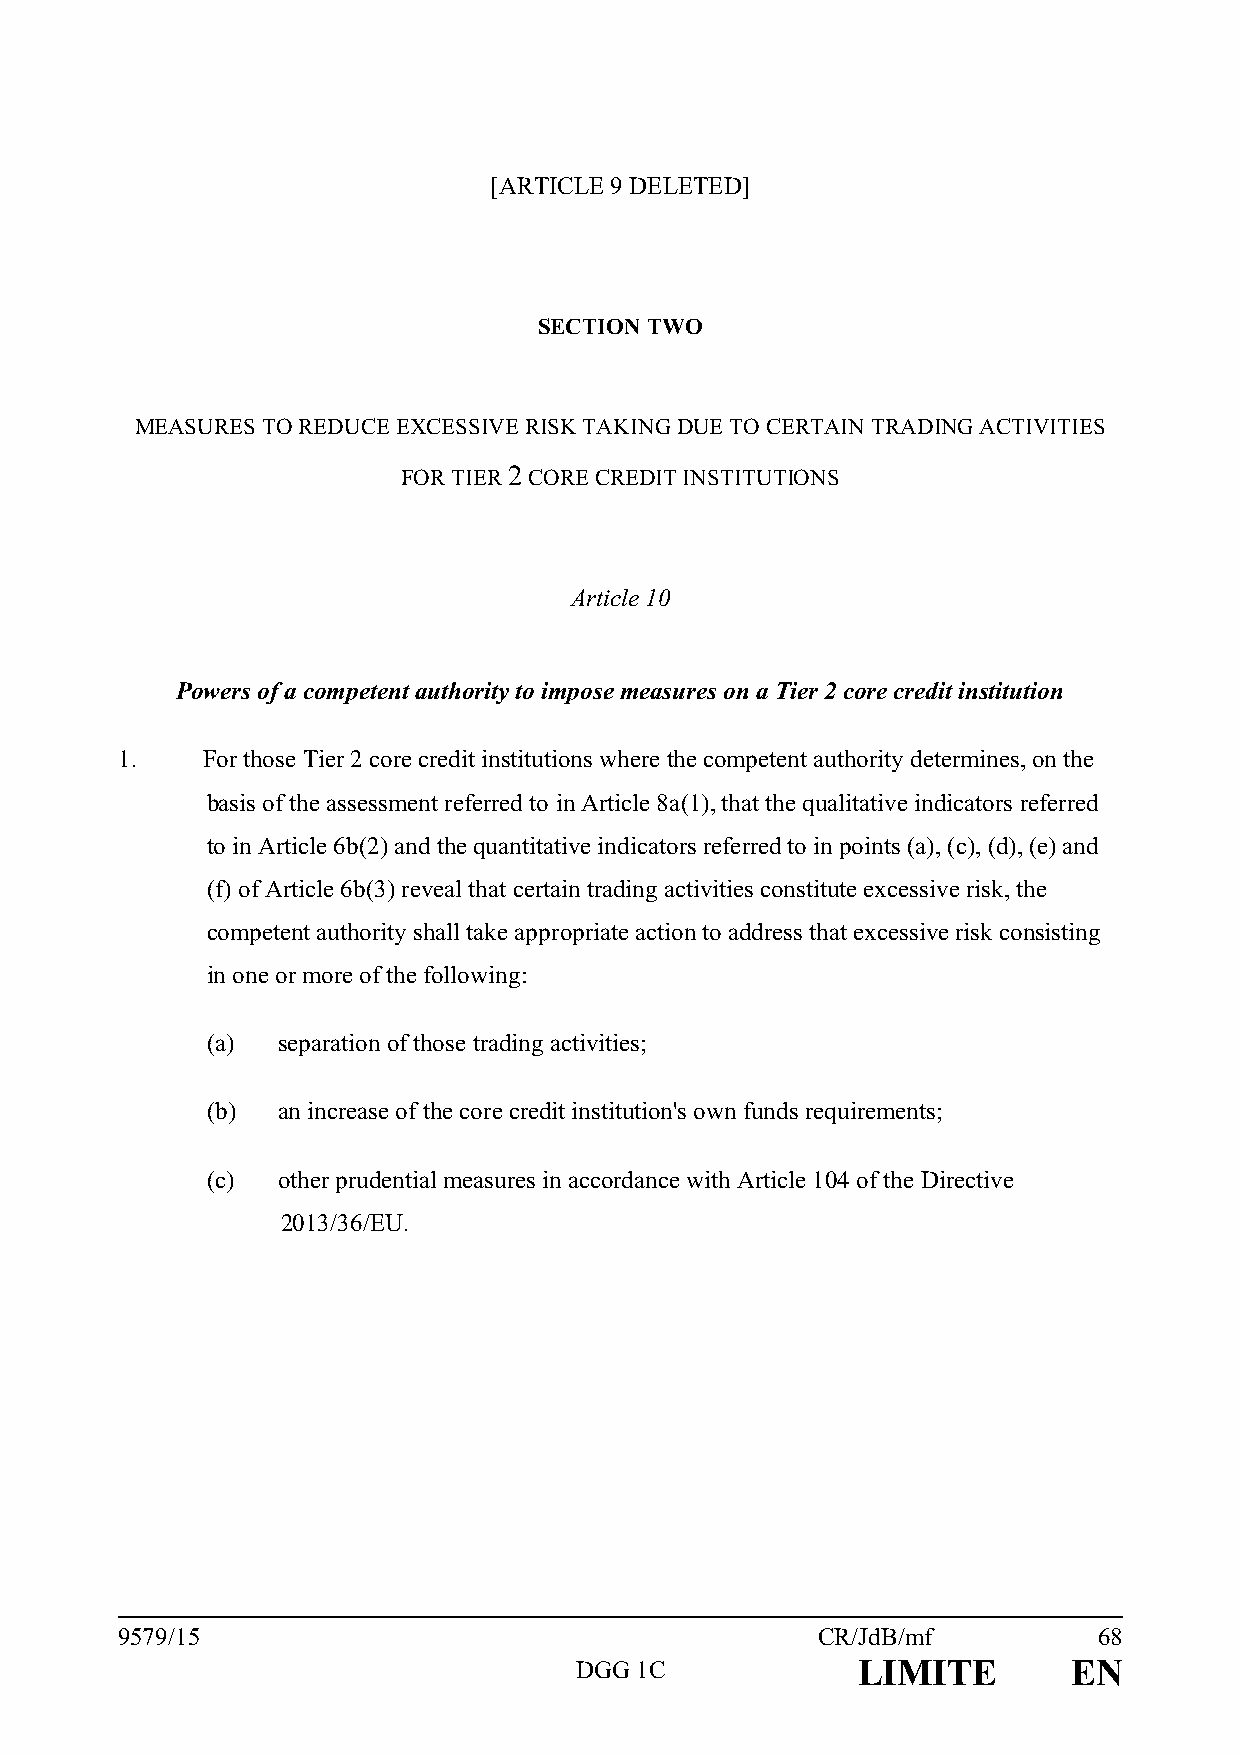
[ARTICLE 9 DELETED]
 SECTION TWO
 MEASURES TO REDUCE EXCESSIVE RISK TAKING DUE TO CERTAIN TRADING ACTIVITIES
 FOR TIER 2 CORE CREDIT INSTITUTIONS
 Article 10
 Powers of a competent authority to impose measures on a Tier 2 core credit institution
 1.   For those Tier 2 core credit institutions where the competent authority determines, on the
 basis of the assessment referred to in Article 8a(1), that the qualitative indicators referred
 to in Article 6b(2) and the quantitative indicators referred to in points (a), (c), (d), (e) and
 (f) of Article 6b(3) reveal that certain trading activities constitute excessive risk, the
 competent authority shall take appropriate action to address that excessive risk consisting
 in one or more of the following:
 (a) separation of those trading activities;
 (b) an increase of the core credit institution's own funds requirements;
 (c) other prudential measures in accordance with Article 104 of the Directive
 2013/36/EU.
 9579/15                                       CR/JdB/mf          68
 DGG 1C             LIMITE        EN